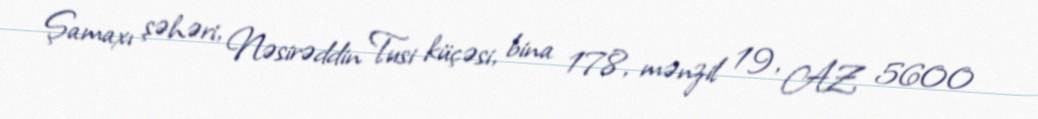
Şamaxı şəhəri, Nəsirəddin Tusi küçəsi, bina 178, mənzil 19, AZ 5600